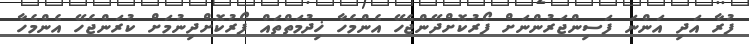
ފުރާ އަދި އަންނަ ފަސިންޖަރުންނަށް ފޯރުކޮށްދޭންޖެހޭ އެންމެހާ ޚިދުމަތްތައް ފޯރުކޮށްދިނުމަށް ކުރަންޖެހޭ އެންމެހާ